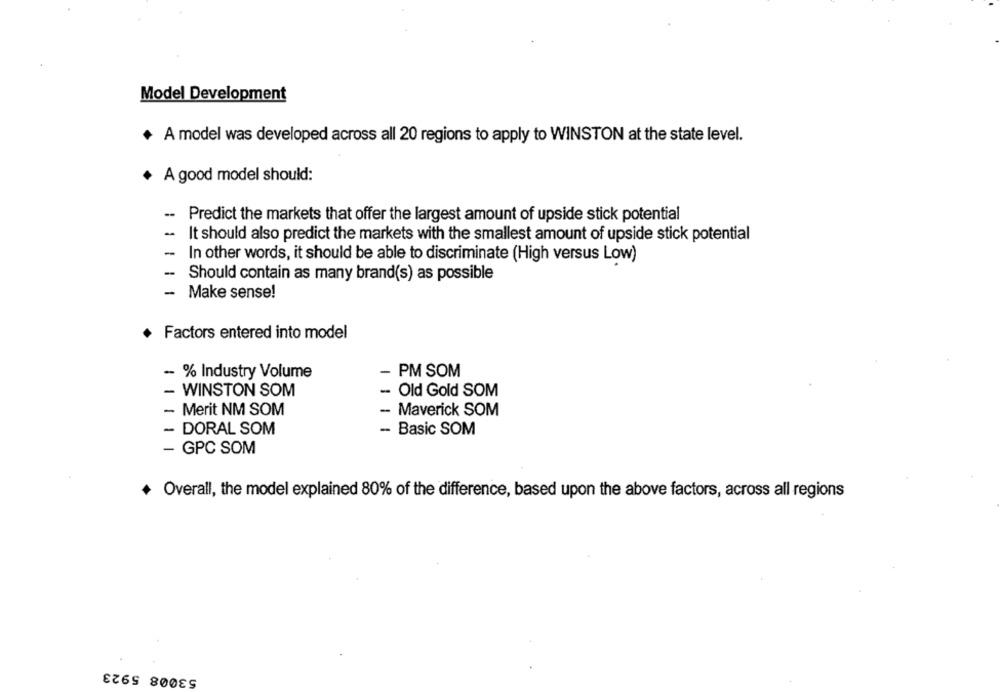
Model Development
+ A model was developed across all 20 regions to apply to WINSTON at the state level.
* A good model should:
-
Predict the markets that offer the largest amount of upside stick potential
-
It should also predict the markets with the smallest amount of upside stick potential
In other words, it should be able to discriminate (High versus Low)
Should contain as many brand(s) as possible
-
Make sense!
+ Factors entered into model
- % Industry Volume
- PM SOM
- WINSTON SOM
- Old Gold SOM
- Merit NM SOM
- Maverick SOM
- DORAL SOM
- Basic SOM
- GPC SOM
+ Overall, the model explained 80% of the difference, based upon the above factors, across all regions
53008 5923